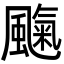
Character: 𩘞